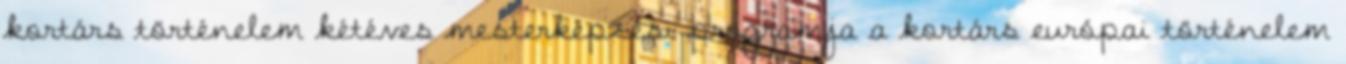
kortárs történelem kétéves mesterképzési programja a kortárs európai történelem